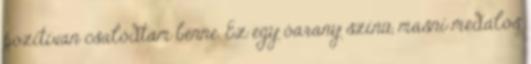
pozitívan csalódtam benne. Ez egy óarany színű, masni medálos